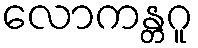
လောကန္တဂူ